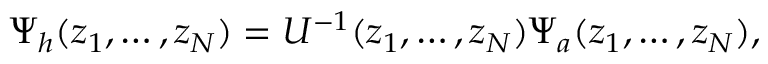
\Psi _ { h } ( z _ { 1 } , \dots , z _ { N } ) = U ^ { - 1 } ( z _ { 1 } , \dots , z _ { N } ) \Psi _ { a } ( z _ { 1 } , \dots , z _ { N } ) ,